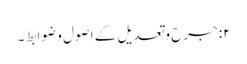
۲: جرح وتعدیل کے اصول و ضوابط ۔